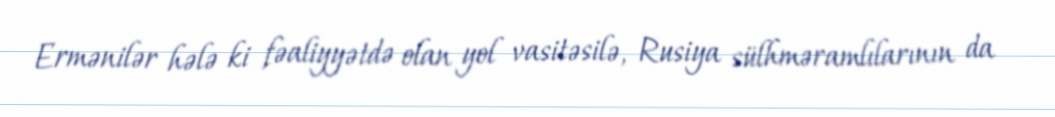
Ermənilər hələ ki fəaliyyətdə olan yol vasitəsilə, Rusiya sülhməramlılarının da